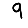
Digit: 9